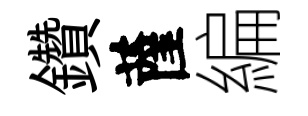
鑽薩編